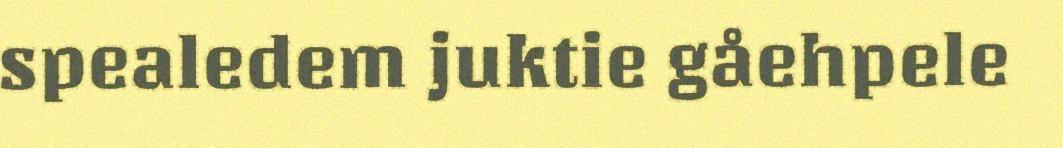
spealedem juktie gåehpele